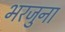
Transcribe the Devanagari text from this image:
भरजुना